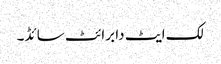
لک ایٹ دا برائٹ سائڈ۔